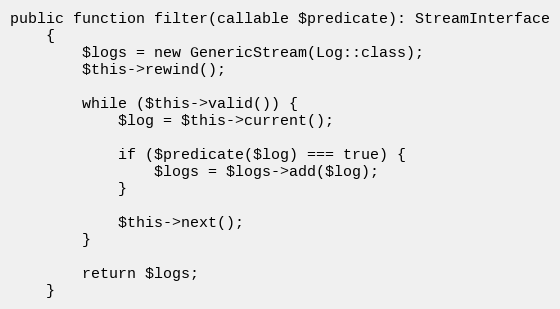
Language: PHP
public function filter(callable $predicate): StreamInterface
    {
        $logs = new GenericStream(Log::class);
        $this->rewind();

        while ($this->valid()) {
            $log = $this->current();

            if ($predicate($log) === true) {
                $logs = $logs->add($log);
            }

            $this->next();
        }

        return $logs;
    }